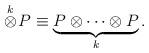
LaTeX: \begin{align*}\stackrel{k}{\otimes} \! P \equiv \underbrace{P \otimes \cdots \otimes P}_k.\end{align*}